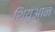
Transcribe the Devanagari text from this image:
शियुआन